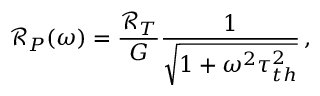
\mathscr { R } _ { P } ( \omega ) = \frac { \mathscr { R } _ { T } } { G } \frac { 1 } { \sqrt { 1 + \omega ^ { 2 } \tau _ { t h } ^ { 2 } } } \, ,